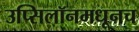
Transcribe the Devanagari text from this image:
उप्सिलॉनमधूनच